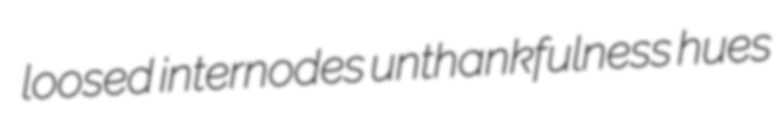
loosed internodes unthankfulness hues